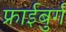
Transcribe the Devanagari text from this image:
फ्राईबुर्ग